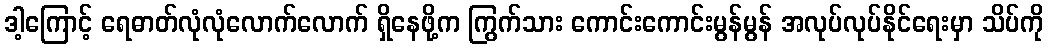
ဒါ့ကြောင့် ရေဓာတ်လုံလုံလောက်လောက် ရှိနေဖို့က ကြွက်သား ကောင်းကောင်းမွန်မွန် အလုပ်လုပ်နိုင်ရေးမှာ သိပ်ကို